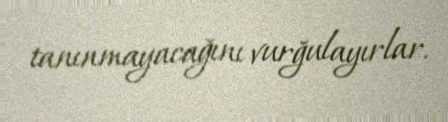
tanınmayacağını vurğulayırlar.